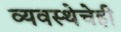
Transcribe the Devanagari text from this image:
व्यवस्थेचेही